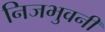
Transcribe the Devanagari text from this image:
निजभुवनीं